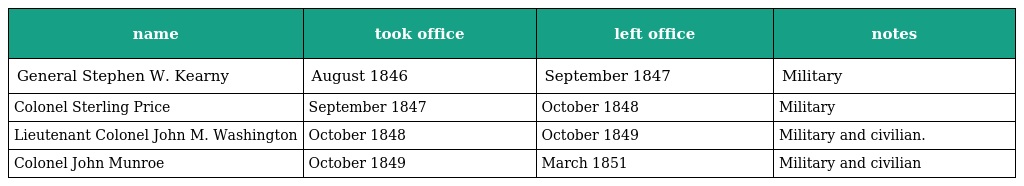
| name | took office | left office | notes |
 | --- | --- | --- | --- |
 | General Stephen W. Kearny | August 1846 | September 1847 | Military |
 | Colonel Sterling Price | September 1847 | October 1848 | Military |
 | Lieutenant Colonel John M. Washington | October 1848 | October 1849 | Military and civilian. |
 | Colonel John Munroe | October 1849 | March 1851 | Military and civilian |